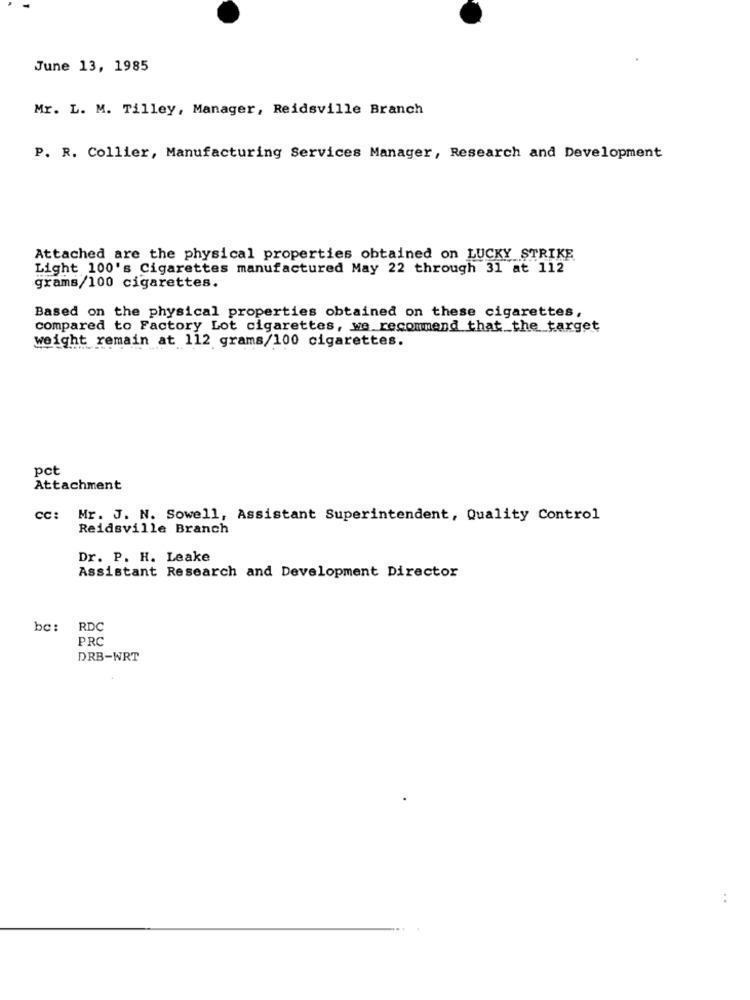
June 13, 1985
Mr. L. M. Tilley, Manager, Reidsville Branch
P. R. Collier, Manufacturing Services Manager, Research and Development
Attached are the physical properties obtained on LUCKY STRIKE
Light 100's Cigarettes manufactured May 22 through 31 at 112
grams/100 cigarettes.
Based on the physical properties obtained on these cigarettes,
compared to Factory Lot cigarettes, we recommend that_the_target
weight remain at 112 grams/100 cigarettes.
pct
Attachment
CC:
Mr. J. N. Sowell, Assistant Superintendent, Quality Control
Reidsville Branch
Dr. P. H. Leake
Assistant Research and Development Director
be: RDC
PRC
DRB-WRT
..